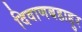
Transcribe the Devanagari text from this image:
दिवाणबहाद्दुर